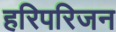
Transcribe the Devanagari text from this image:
हरिपरिजन